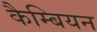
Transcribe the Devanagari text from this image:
कैम्बियन